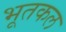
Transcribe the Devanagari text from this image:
भूतकल